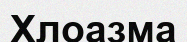
Хлоазма